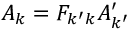
A _ { k } = F _ { k ^ { \prime } k } A _ { k ^ { \prime } } ^ { \prime }